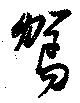
駕